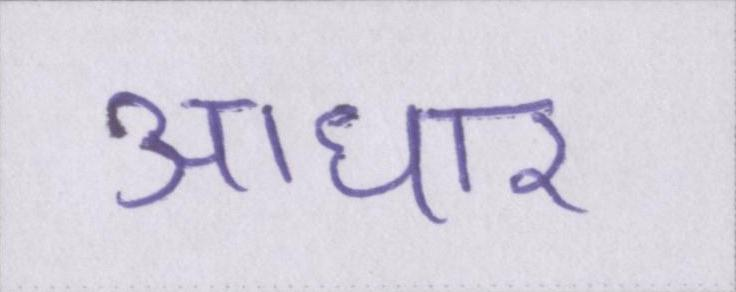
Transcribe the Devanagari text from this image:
आधार